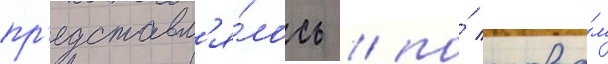
пр'едставл'я́лось / по́ слова́м